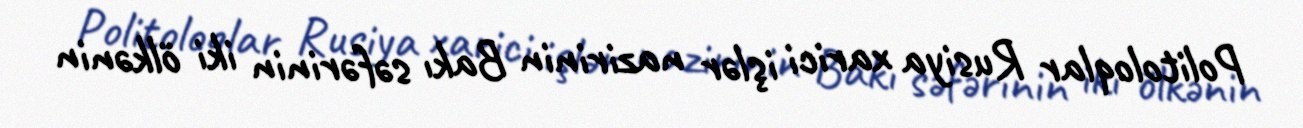
Politoloqlar Rusiya xarici işlər nazirinin Bakı səfərinin iki ölkənin